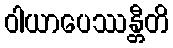
ဝါယာပေဿန္တီတိ